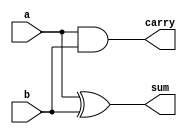
module half_adder(input a, b, output sum, carry);
    xor(sum,a,b);
    and(carry,a,b);
endmodule